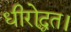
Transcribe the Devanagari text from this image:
धीरोद्धत।